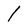
Character: 1